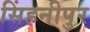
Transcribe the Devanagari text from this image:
सिंहनीपुर